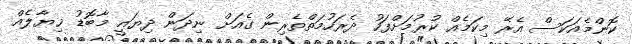
ކޮންމެއަކަސް އެރޭ މިކަމެއް ކުރުމަށްފަހު ދެރަހުމަތްތެރިން ގެއަށް ނިދަން ދިޔައީ މާބޮޑު ޚިޔާލެއް